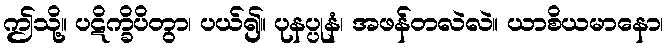
ဤသို့။ ပဋိက္ခိပိတွာ၊ ပယ်၍။ ပုနပ္ပုနံ၊ အဖန်တလဲလဲ။ ယာစိယမာနော၊